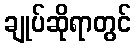
ချုပ်ဆိုရာတွင်